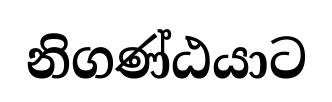
නිගණ්ඨයාට